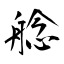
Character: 艌